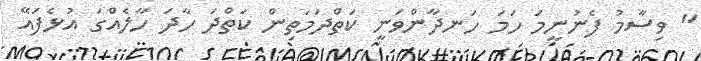
" ވިސާމު ފެނުނީމަ ހަމަ ހަނދާންވަނީ ކަތްދަމަތިން ކަތްދަ ހާދަ ހާލެއްގަ އުޅެފައޭ